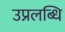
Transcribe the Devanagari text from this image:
उप्रलब्धि